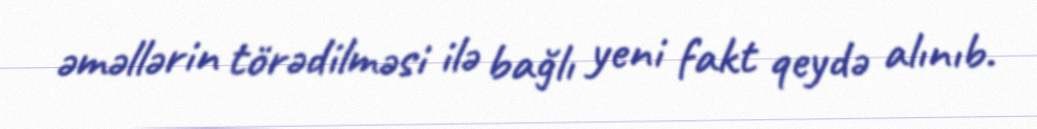
əməllərin törədilməsi ilə bağlı yeni fakt qeydə alınıb.